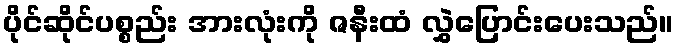
ပိုင်ဆိုင်ပစ္စည်း အားလုံးကို ဇနီးထံ လွှဲပြောင်းပေးသည်။